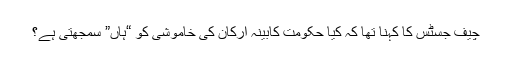
چیف جسٹس کا کہنا تھا کہ کیا حکومت کابینہ ارکان کی خاموشی کو “ہاں” سمجھتی ہے؟